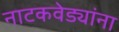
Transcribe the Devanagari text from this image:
नाटकवेड्यांना